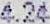
4.24